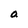
Character: a